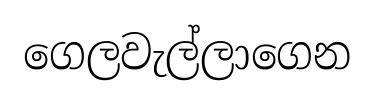
ගෙලවැල්ලාගෙන